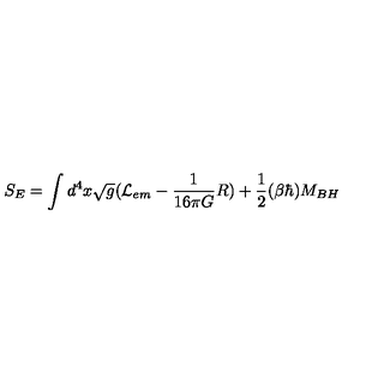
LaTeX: S _ { E } = \int d ^ { 4 } x \sqrt { g } ( { \cal L } _ { e m } - { \frac { 1 } { 1 6 \pi G } } R ) + { \frac { 1 } { 2 } } ( \beta \hbar ) M _ { B H }